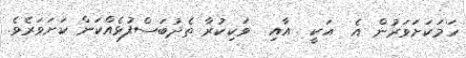
ހަމަކަށަވަރުން އެ  އަކީ  އާއި  ވަކިކުރާ ތެދުބަސްފުޅެއްކަން ކަށަވަރެވެ.